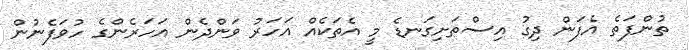
ތުންފަތެ އެފަން ދިގު އިސްތަށިގަނޑެ މީ އެތަކެއް އަހަރު ވަންދެން އަހަރެންގެ ހުވަފެނުން